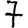
Digit: 7